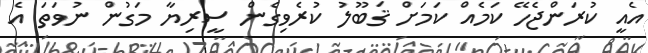
އެއީ ކުރަންޖެހޭ ކަމެއް ކަމަށް ޤަބޫލު ކުރެވިގެން ސީރިޔާ މަގުން ނުވަތަ އެ